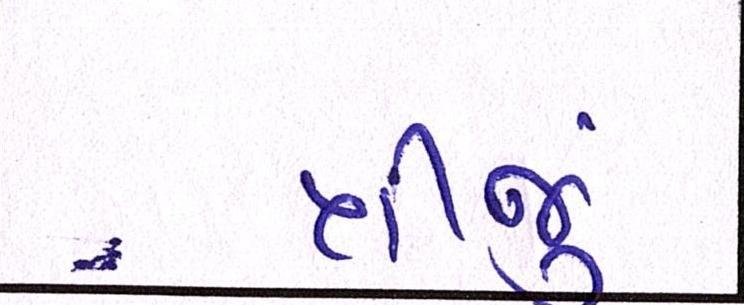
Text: ત્રીજું